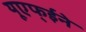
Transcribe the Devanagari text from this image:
यूएफ्ईने